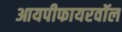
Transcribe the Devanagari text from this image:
आयपीफायरवॉल